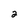
Character: 2